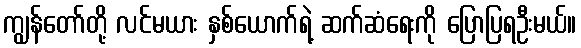
ကျွန်တော်တို့ လင်မယား နှစ်ယောက်ရဲ့ ဆက်ဆံရေးကို ပြောပြရဦးမယ်။